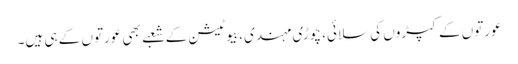
عورتوں کے کپڑوں کی سلائی، چوڑی مہندی، بیوٹیشن کے شعبے بھی عورتوں کے ہی ہیں۔